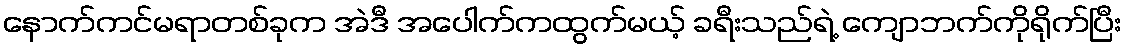
နောက်ကင်မရာတစ်ခုက အဲဒီ အပေါက်ကထွက်မယ့် ခရီးသည်ရဲ့ ကျောဘက်ကိုရိုက်ပြီး